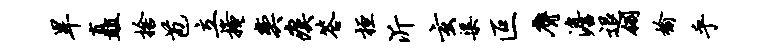
旱矗舍苞立掩奕瘼答桓沂玄渠叵膺澹退翎榆乎